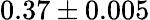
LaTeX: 0.37\pm 0.005